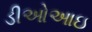
ડીઓઆઇ